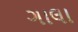
ગાલા